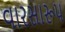
વારસારૂપ